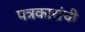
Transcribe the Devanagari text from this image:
पत्रकारांची